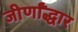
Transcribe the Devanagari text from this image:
जीर्णॉद्धार